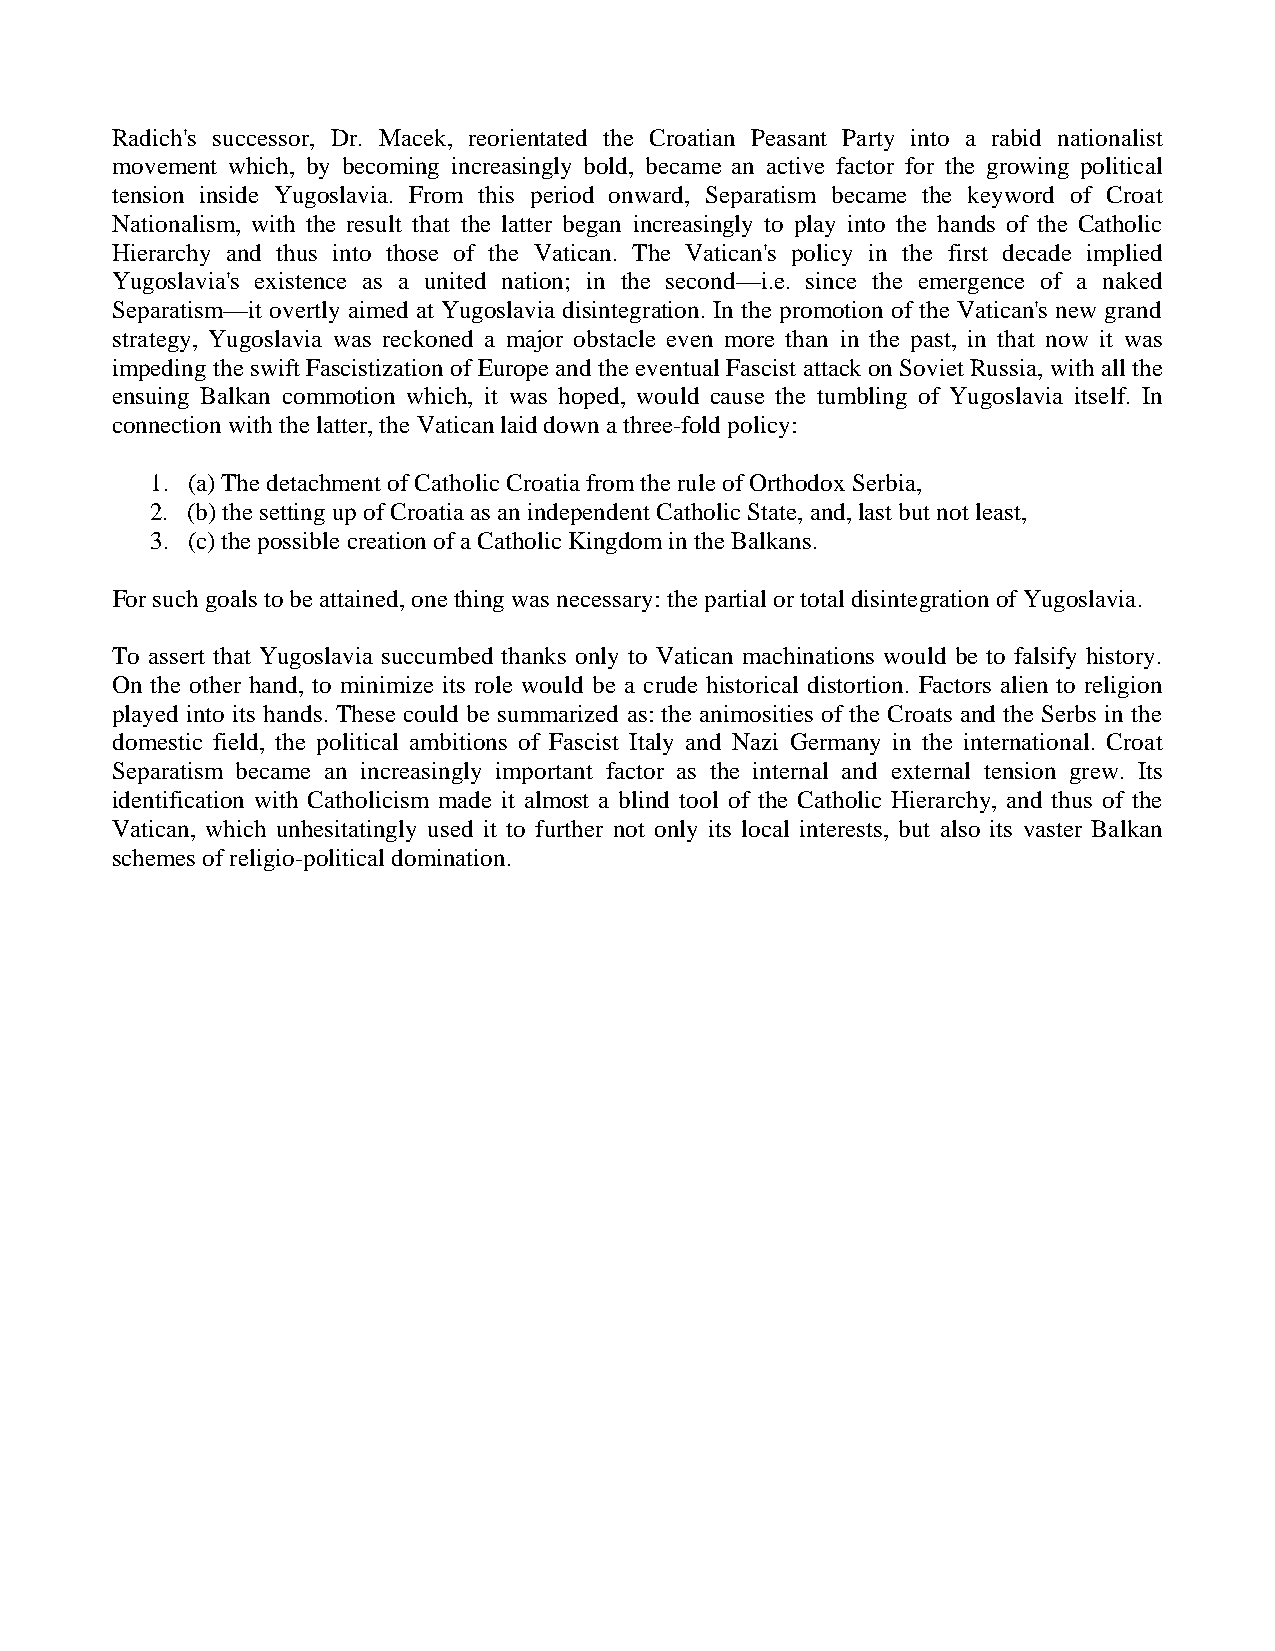
Radich's successor, Dr. Macek, reorientated the Croatian Peasant Party into a rabid nationalist
 movement which, by becoming increasingly bold, became an active factor for the growing political
 tension inside Yugoslavia. From this period onward, Separatism became the keyword of Croat
 Nationalism, with the result that the latter began increasingly to play into the hands of the Catholic
 Hierarchy and thus into those of the Vatican. The Vatican's policy in the first decade implied
 Yugoslavia's existence as a united nation; in the second—i.e. since the emergence of a naked
 Separatism—it overtly aimed at Yugoslavia disintegration. In the promotion of the Vatican's new grand
 strategy, Yugoslavia was reckoned a major obstacle even more than in the past, in that now it was
 impeding the swift Fascistization of Europe and the eventual Fascist attack on Soviet Russia, with all the
 ensuing Balkan commotion which, it was hoped, would cause the tumbling of Yugoslavia itself. In
 connection with the latter, the Vatican laid down a three-fold policy:
 1. (a) The detachment of Catholic Croatia from the rule of Orthodox Serbia,
 2. (b) the setting up of Croatia as an independent Catholic State, and, last but not least,
 3. (c) the possible creation of a Catholic Kingdom in the Balkans.
 For such goals to be attained, one thing was necessary: the partial or total disintegration of Yugoslavia.
 To assert that Yugoslavia succumbed thanks only to Vatican machinations would be to falsify history.
 On the other hand, to minimize its role would be a crude historical distortion. Factors alien to religion
 played into its hands. These could be summarized as: the animosities of the Croats and the Serbs in the
 domestic field, the political ambitions of Fascist Italy and Nazi Germany in the international. Croat
 Separatism became an increasingly important factor as the internal and external tension grew. Its
 identification with Catholicism made it almost a blind tool of the Catholic Hierarchy, and thus of the
 Vatican, which unhesitatingly used it to further not only its local interests, but also its vaster Balkan
 schemes of religio-political domination.